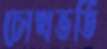
চোখভর্তি